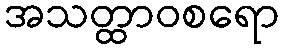
အသတ္ထာဝစရော